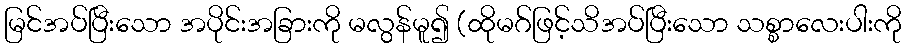
မြင်အပ်ပြီးသော အပိုင်းအခြားကို မလွန်မူ၍ (ထိုမဂ်ဖြင့်သိအပ်ပြီးသော သစ္စာလေးပါးကို